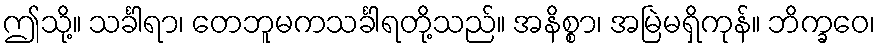
ဤသို့။ သင်္ခါရာ၊ တေဘူမကသင်္ခါရတို့သည်။ အနိစ္စာ၊ အမြဲမရှိကုန်။ ဘိက္ခဝေ၊